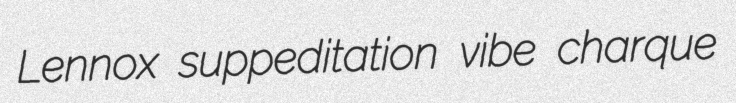
Lennox suppeditation vibe charque